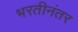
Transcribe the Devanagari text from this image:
भरतीनंतर